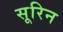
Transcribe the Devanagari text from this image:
सूरिन